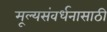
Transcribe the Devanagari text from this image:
मूल्यसंवर्धनासाठी